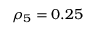
\rho _ { 5 } = 0 . 2 5